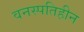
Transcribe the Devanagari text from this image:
वनस्‍पतिहीन